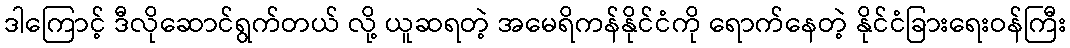
ဒါကြောင့် ဒီလိုဆောင်ရွက်တယ် လို့ ယူဆရတဲ့ အမေရိကန်နိုင်ငံကို ရောက်နေတဲ့ နိုင်ငံခြားရေးဝန်ကြီး